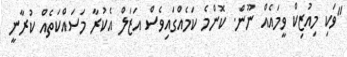
"ވަކި މިއުޒިކް ވީމައެއް ނޫން. ކޮންމެ ކަމެއްގައިވެސް އަޒަލް އެކުރާ މަސައްކަތެއް ކުރާނީ